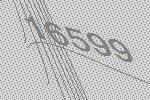
16599